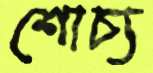
শোচ্য